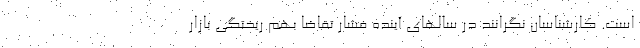
است. کارشناسان نگرانند در سالهای آینده فشار تقاضا بهم ریختگی بازار